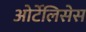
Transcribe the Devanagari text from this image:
ओर्टेलिसेस